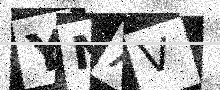
Text: YNAV